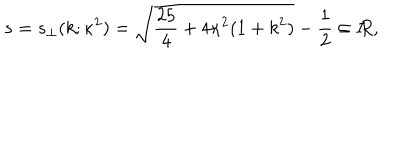
LaTeX: s = s _ { \perp } ( k ; \kappa ^ { 2 } ) = \sqrt { \frac { 2 5 } { 4 } + 4 \kappa ^ { 2 } ( 1 + k ^ { 2 } ) } - \frac 1 2 \in I \! \! R ,